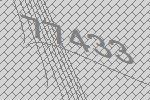
77433